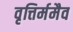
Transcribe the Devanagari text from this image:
वृत्तिर्ममैव